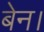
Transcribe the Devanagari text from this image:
बेन।